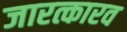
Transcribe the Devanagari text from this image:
जारत्कारव